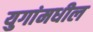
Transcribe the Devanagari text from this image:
युगांमधील